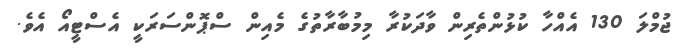
ޖުމްލަ 130 އެއްހާ ކުޅުންތެރިން ވާދަކުރާ މިމުބާރާތުގެ މެއިން ސްޕޮންސަރަކީ އެސްޓީއޯ އެވެ.